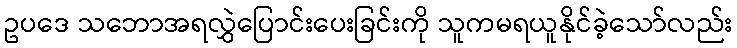
ဥပဒေ သဘောအရလွှဲပြောင်းပေးခြင်းကို သူကမရယူနိုင်ခဲ့သော်လည်း